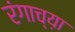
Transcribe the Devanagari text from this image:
रंगाच्य़ा